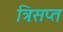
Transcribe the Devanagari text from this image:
त्रिःसप्त